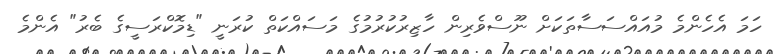
ހަމަ އެހެންމެ މުއައްސަސާތަކަށް ނޫސްވެރިން ހާޒިރުކުރުމުގެ މަސައްކަތް ކުރަނީ "ޑިމޮކްރަސީގެ ބެރު" އެންމެ